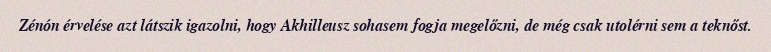
Zénón érvelése azt látszik igazolni, hogy Akhilleusz sohasem fogja megelőzni, de még csak utolérni sem a teknőst.